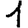
Digit: 1